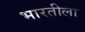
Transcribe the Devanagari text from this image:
भारतीला